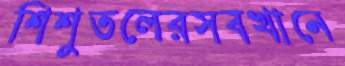
শিশুতলেরসবখানে